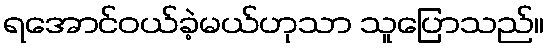
ရအောင်ဝယ်ခဲ့မယ်ဟုသာ သူပြောသည်။